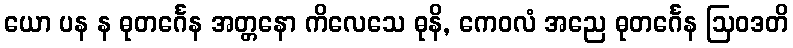
ယော ပန န ဓုတင်္ဂေန အတ္တနော ကိလေသေ ဓုနိ, ကေဝလံ အညေ ဓုတင်္ဂေန ဩဝဒတိ